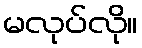
မလုပ်လို။